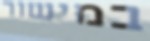
במישור